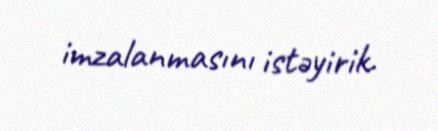
imzalanmasını istəyirik.